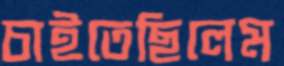
চাইতেছিলেম